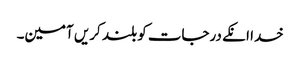
خدا انکے درجات کو بلند کریں آمین۔